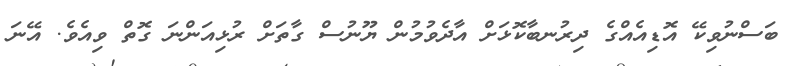
ބަސްނުވިކޭ އޮޑިއެއްގެ ދިރުނބާކޮޅަށް އާދެވުމުން ޔޫނުސް ގާތަށް ރުޅިއަންނަ ގޮތް ވިއެވެ. އޭނަ